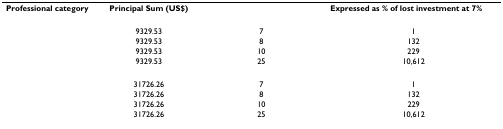
<table><thead><tr><td><b>Professional category</b></td><td><b>Principal Sum (US$)</b></td><td>[EMPTY_CELL]</td><td><b>Expressed as % of lost investment at 7%</b></td></tr></thead><tbody><tr><td>[EMPTY_CELL]</td><td>9329.53</td><td>7</td><td>1</td></tr><tr><td>[EMPTY_CELL]</td><td>9329.53</td><td>8</td><td>132</td></tr><tr><td>[EMPTY_CELL]</td><td>9329.53</td><td>10</td><td>229</td></tr><tr><td>[EMPTY_CELL]</td><td>9329.53</td><td>25</td><td>10,612</td></tr><tr><td>[EMPTY_CELL]</td><td>31726.26</td><td>7</td><td>1</td></tr><tr><td>[EMPTY_CELL]</td><td>31726.26</td><td>8</td><td>132</td></tr><tr><td>[EMPTY_CELL]</td><td>31726.26</td><td>10</td><td>229</td></tr><tr><td>[EMPTY_CELL]</td><td>31726.26</td><td>25</td><td>10,612</td></tr></tbody></table>